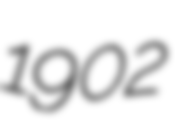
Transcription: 1902